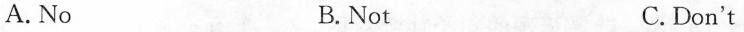
A. No B.Not C.Don't